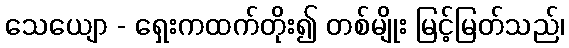
သေယျော - ရှေးကထက်တိုး၍ တစ်မျိုး မြင့်မြတ်သည်၊